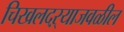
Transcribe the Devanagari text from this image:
चिखलदऱ्याजवळील